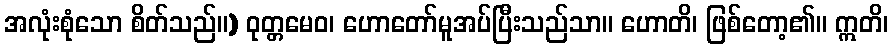
အလုံးစုံသော စိတ်သည်။) ဝုတ္တမေဝ၊ ဟောတော်မူအပ်ပြီးသည်သာ။ ဟောတိ၊ ဖြစ်တော့၏။ ဣတိ၊